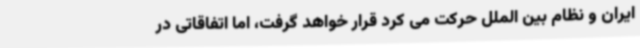
ایران و نظام بین الملل حرکت می کرد قرار خواهد گرفت، اما اتفاقاتی در